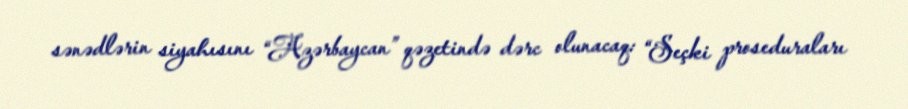
sənədlərin siyahısını “Azərbaycan” qəzetində dərc olunacaq: “Seçki proseduraları